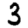
Digit: 3